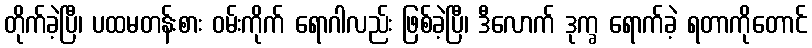
တိုက်ခဲ့ပြီ၊ ပထမတန်းစား ဝမ်းကိုက် ရောဂါလည်း ဖြစ်ခဲ့ပြီ၊ ဒီလောက် ဒုက္ခ ရောက်ခဲ့ ရတာကိုတောင်